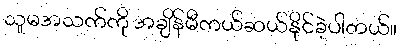
သူမအသက်ကို အချိန်မီကယ်ဆယ်နိုင်ခဲ့ပါတယ်။